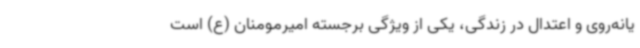
یانه‌روی و اعتدال در زندگی، یکی از ویژگی برجسته امیرمومنان (ع) است